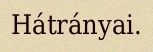
Hátrányai.